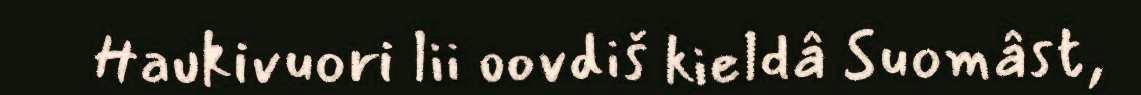
Haukivuori lii oovdiš kieldâ Suomâst,